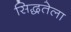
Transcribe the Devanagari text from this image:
सिद्धतेला